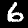
Label: 6